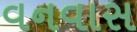
વનવાસ